Statistics compiled by the Government of India from the reports of provincial Civil Veterinary Departments
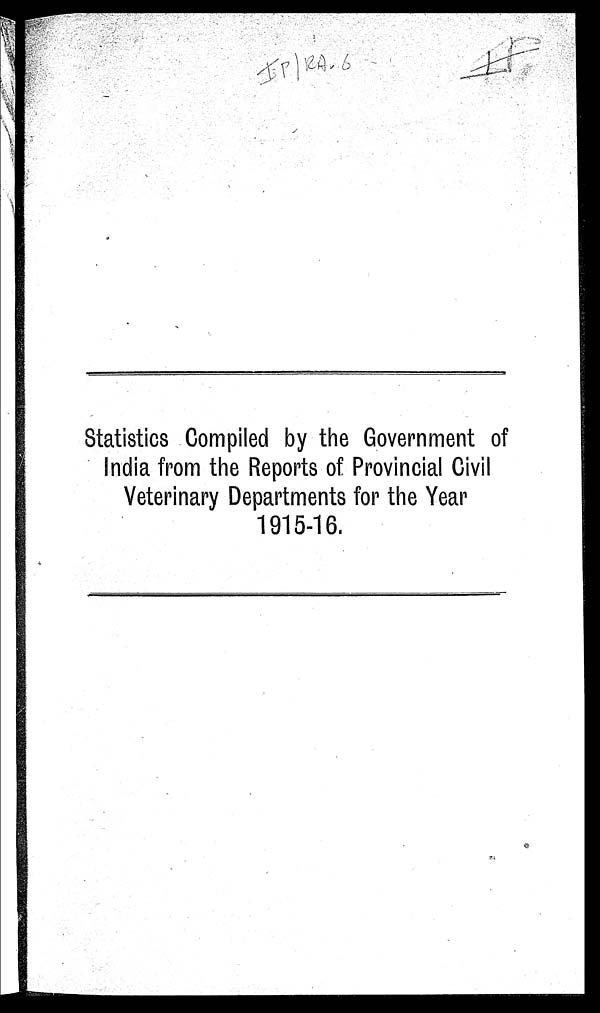
Statistics Compiled by the Government of
India from the Reports of Provincial Civil
Veterinary Departments for the Year
1915-16.